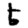
Digit: 5